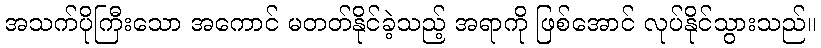
အသက်ပိုကြီးသော အကောင် မတတ်နိုင်ခဲ့သည့် အရာကို ဖြစ်အောင် လုပ်နိုင်သွားသည်။